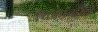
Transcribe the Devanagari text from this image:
चिकाकौल